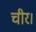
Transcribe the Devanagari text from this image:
चीर।